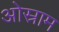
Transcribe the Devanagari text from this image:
ओस्राम